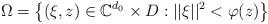
LaTeX: \begin{align*}\Omega=\left\{(\xi, z)\in \mathbb{C}^{d_{0}}\times D : ||\xi||^{2}<\varphi(z)\right\}\end{align*}